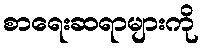
စာရေးဆရာများကို